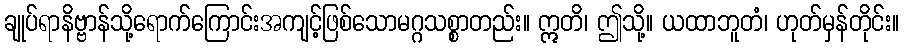
ချုပ်ရာနိဗ္ဗာန်သို့ရောက်ကြောင်းအကျင့်ဖြစ်သောမဂ္ဂသစ္စာတည်း။ ဣတိ၊ ဤသို့။ ယထာဘူတံ၊ ဟုတ်မှန်တိုင်း။